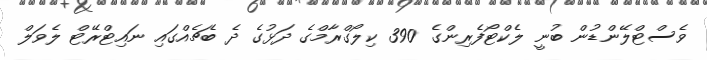
ވެސްޓްލޭންޑުން ބުނީ ލެކްޓޯފެރިންގެ 390 ކިލޯގްރާމްގެ ދަޅުގެ ދެ ބެޗެއްގައި ނައިޓްރޭޓް ލެވަލް